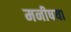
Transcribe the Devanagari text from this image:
मनीषया